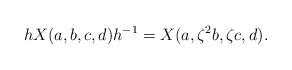
LaTeX: \begin{align*} hX(a,b,c,d)h^{-1} = X(a,\zeta^2 b, \zeta c, d ).\end{align*}